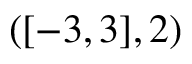
( [ - 3 , 3 ] , 2 )